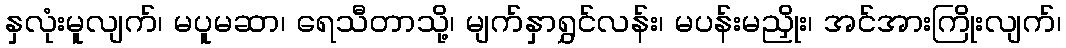
နှလုံးမူလျက်၊ မပူမဆာ၊ ရေသီတာသို့၊ မျက်နှာရွှင်လန်း၊ မပန်းမညှိုး၊ အင်အားကြိုးလျက်၊